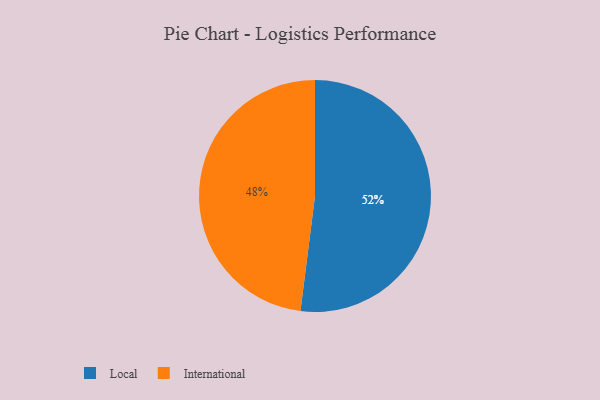
{"axis": {"x": "Category", "y": "Percentage"}, "legend": ["International", "Local"], "data": [{"x": "International", "y": 48, "type": "International"}, {"x": "Local", "y": 52, "type": "Local"}]}